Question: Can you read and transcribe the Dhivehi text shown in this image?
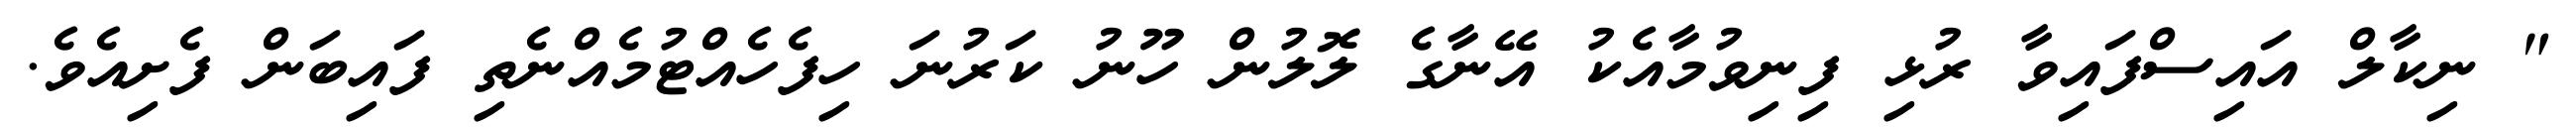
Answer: " ނިކާލް އައިސްފައިވާ ރުޅި ފިނިވުމާއެކު އޭނާގެ ލޮލުން ހޫނު ކަރުނަ ހިފެހެއްޓުމެއްނެތި ފައިބަން ފެށިއެވެ.